NAE_ERA_R-1950_Eesti_Ajakirjanike_Liit, lk 30
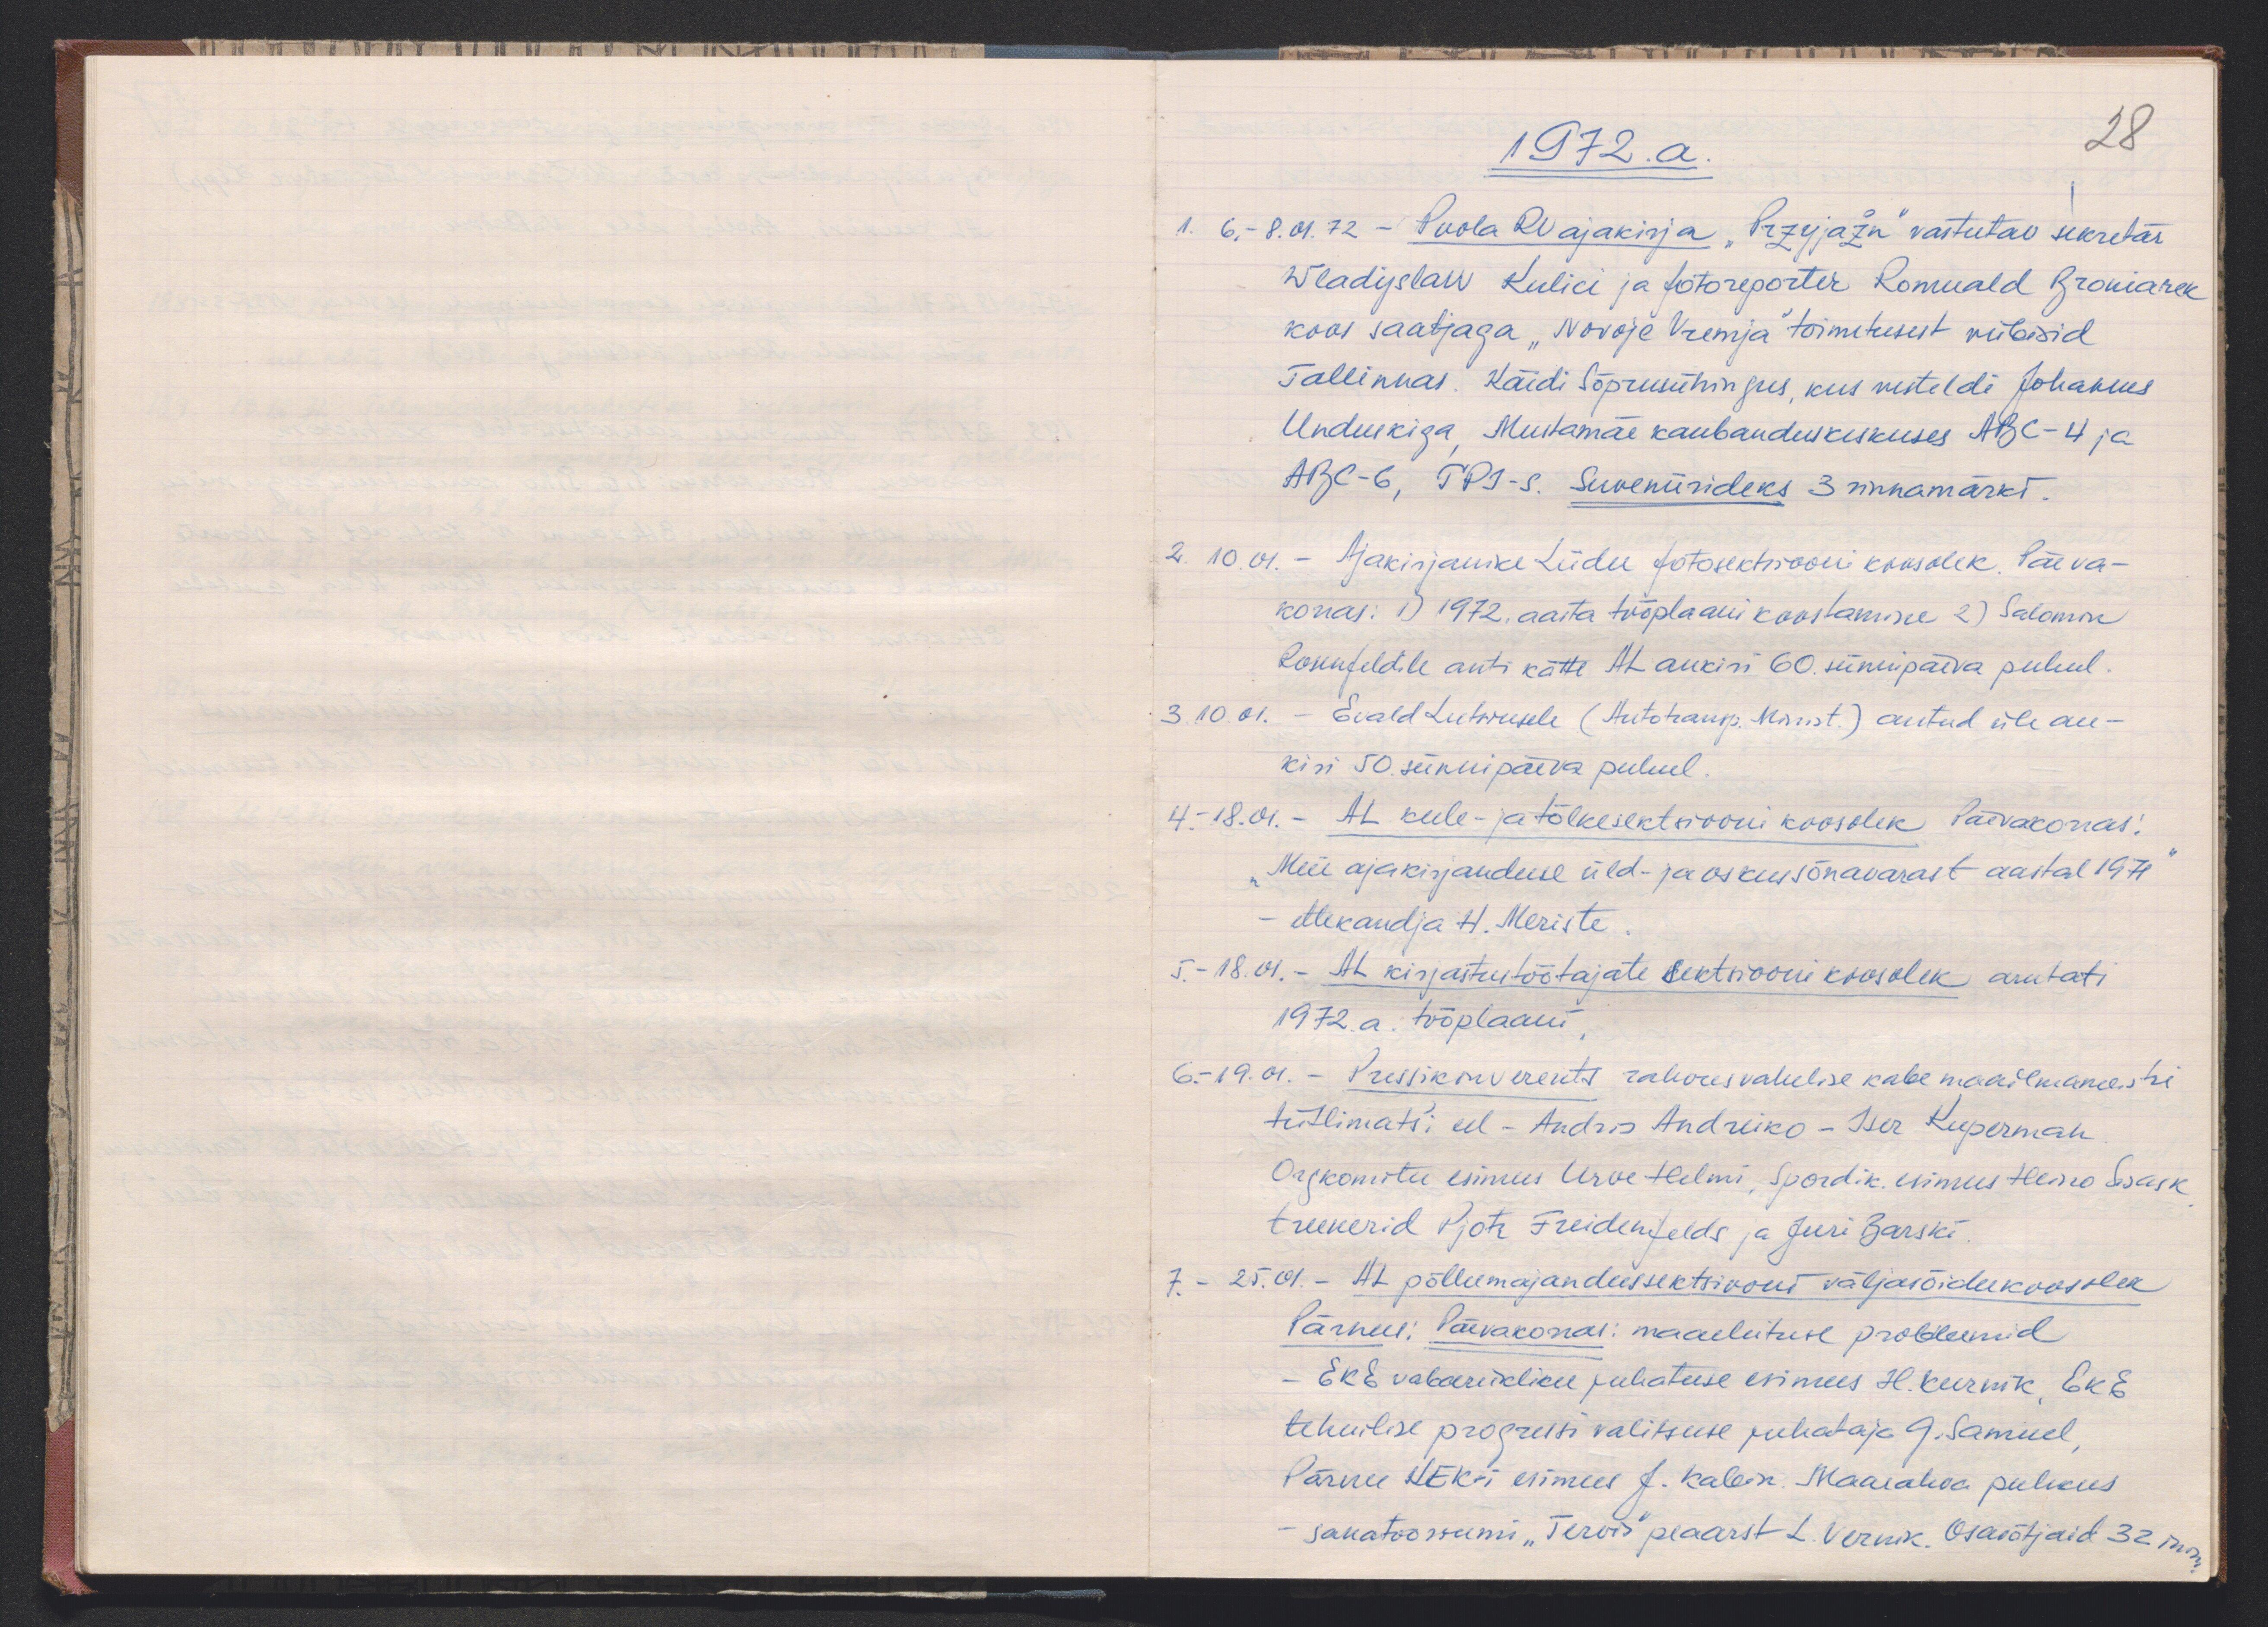
1972. a.
28
1. 6.-8.01.72 - Poola RV ajakirja "Przyjažn" vastutav sekretär
Wladyslaw Kulici ja fotoreporter Romuald Broniarek
koos saatjaga "Novoje Vremja" toimetusest viibisid
Tallinnas. Käidi Sõprusühingus, kus vesteldi Johannes
Unduskiga, Mustamäe kaubanduskeskuses ABC-4 ja
ABC-6, TPI-s. Suveniirideks 3 rinnamärki.
2. 10.01. - Ajakirjanike Liidu fotosektsiooni koosolek Päeva-
korras: 1) 1972. aasta tööplaani koostamine 2) Salomon
Rosenfeldile anti kätte AL aukiri 60. sünnipäeva puhul.
3. 10.01. - Evald Luterusele (Autotransp. Minist.) antud üle au-
kiri 50. sünnipäeva puhul.
4. 18.01. - AL keele- ja tõlkesektsiiooni koosolek Päevakorras:
"Meie ajakirjanduse üld- ja oskussõnavarast aastal 1971
ettekandja H. Meriste
5. - 18.01. - AL kirjastutöötajate sektsiooni koosolek arutati
1972. a. tööplaani
6. - 19.01. - Pressikonverents rahvusvahelise kabe maailmameistri
tiitlimatši eel - Andris Andreiko - Iser Kuperman
Orgkomitee esimees Urve Helmi, Sordik. esimees Heino Sisask
treenerid Pjotr Freidenfelds ja Juri Barski.
7. - 25.01. - AL põllumajandussektsiooni väljasõidukoosolek
Pärnus: Päevakorras: maaehituse probleemid
- EKE vabariikliku juhatuse esimees H. Keernik, EKE
tehnilise progressi valitsuse juhataja G. Samuel
Pärnu KEK-i esimees J. Kabin Maarahva puhkus
sanatooriumi "Tervis" peaarst L. Vernik. Osavõtjaid 32 inim.